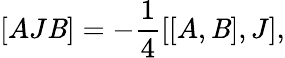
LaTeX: [AJ\mathit{B}]=-\frac{{1}}{{4}}[[A,\mathit{B}],J],